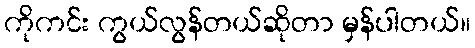
ကိုကင်း ကွယ်လွန်တယ်ဆိုတာ မှန်ပါတယ်။